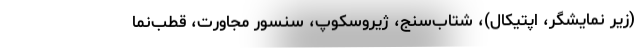
(زیر نمایشگر، اپتیکال)، شتاب‌سنج، ژیروسکوپ، سنسور مجاورت، قطب‌نما